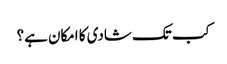
کب تک شادی کا امکان ہے؟